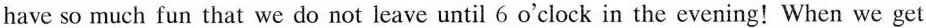
have so much fun that we do not leave until 6 o'clock in the evening! When we get